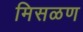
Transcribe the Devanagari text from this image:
मिसळण